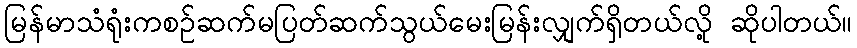
မြန်မာသံရုံးကစဉ်ဆက်မပြတ်ဆက်သွယ်မေးမြန်းလျှက်ရှိတယ်လို့ ဆိုပါတယ်။